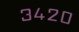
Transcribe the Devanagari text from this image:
३४२०